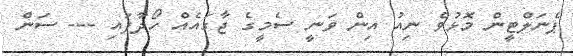
ޕެނަލްޓީން މޮޅުވެ ނިއު އިން ވަނީ ސެމީގެ ޖާގައެއް ހޯދާފައި --- ސަން